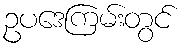
ဥပဒေကြမ်းတွင်